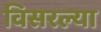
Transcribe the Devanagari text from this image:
विसरल्या